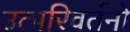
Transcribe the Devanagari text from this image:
उत्परिवर्तनो